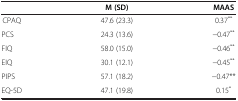
<table><thead><tr><td>[EMPTY_CELL]</td><td><b>M (SD)</b></td><td><b>MAAS</b></td></tr></thead><tbody><tr><td>CPAQ</td><td>47.6 (23.3)</td><td>0.37<sup>**</sup></td></tr><tr><td>PCS</td><td>24.3 (13.6)</td><td>−0.47<sup>**</sup></td></tr><tr><td>FIQ</td><td>58.0 (15.0)</td><td>−0.46<sup>**</sup></td></tr><tr><td>EIQ</td><td>30.1 (12.1)</td><td>−0.45<sup>**</sup></td></tr><tr><td>PIPS</td><td>57.1 (18.2)</td><td>−0.47**</td></tr><tr><td>EQ-5D</td><td>47.1 (19.8)</td><td>0.15<sup>*</sup></td></tr></tbody></table>